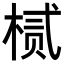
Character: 𬃘